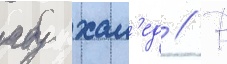
абу хал'ед // В